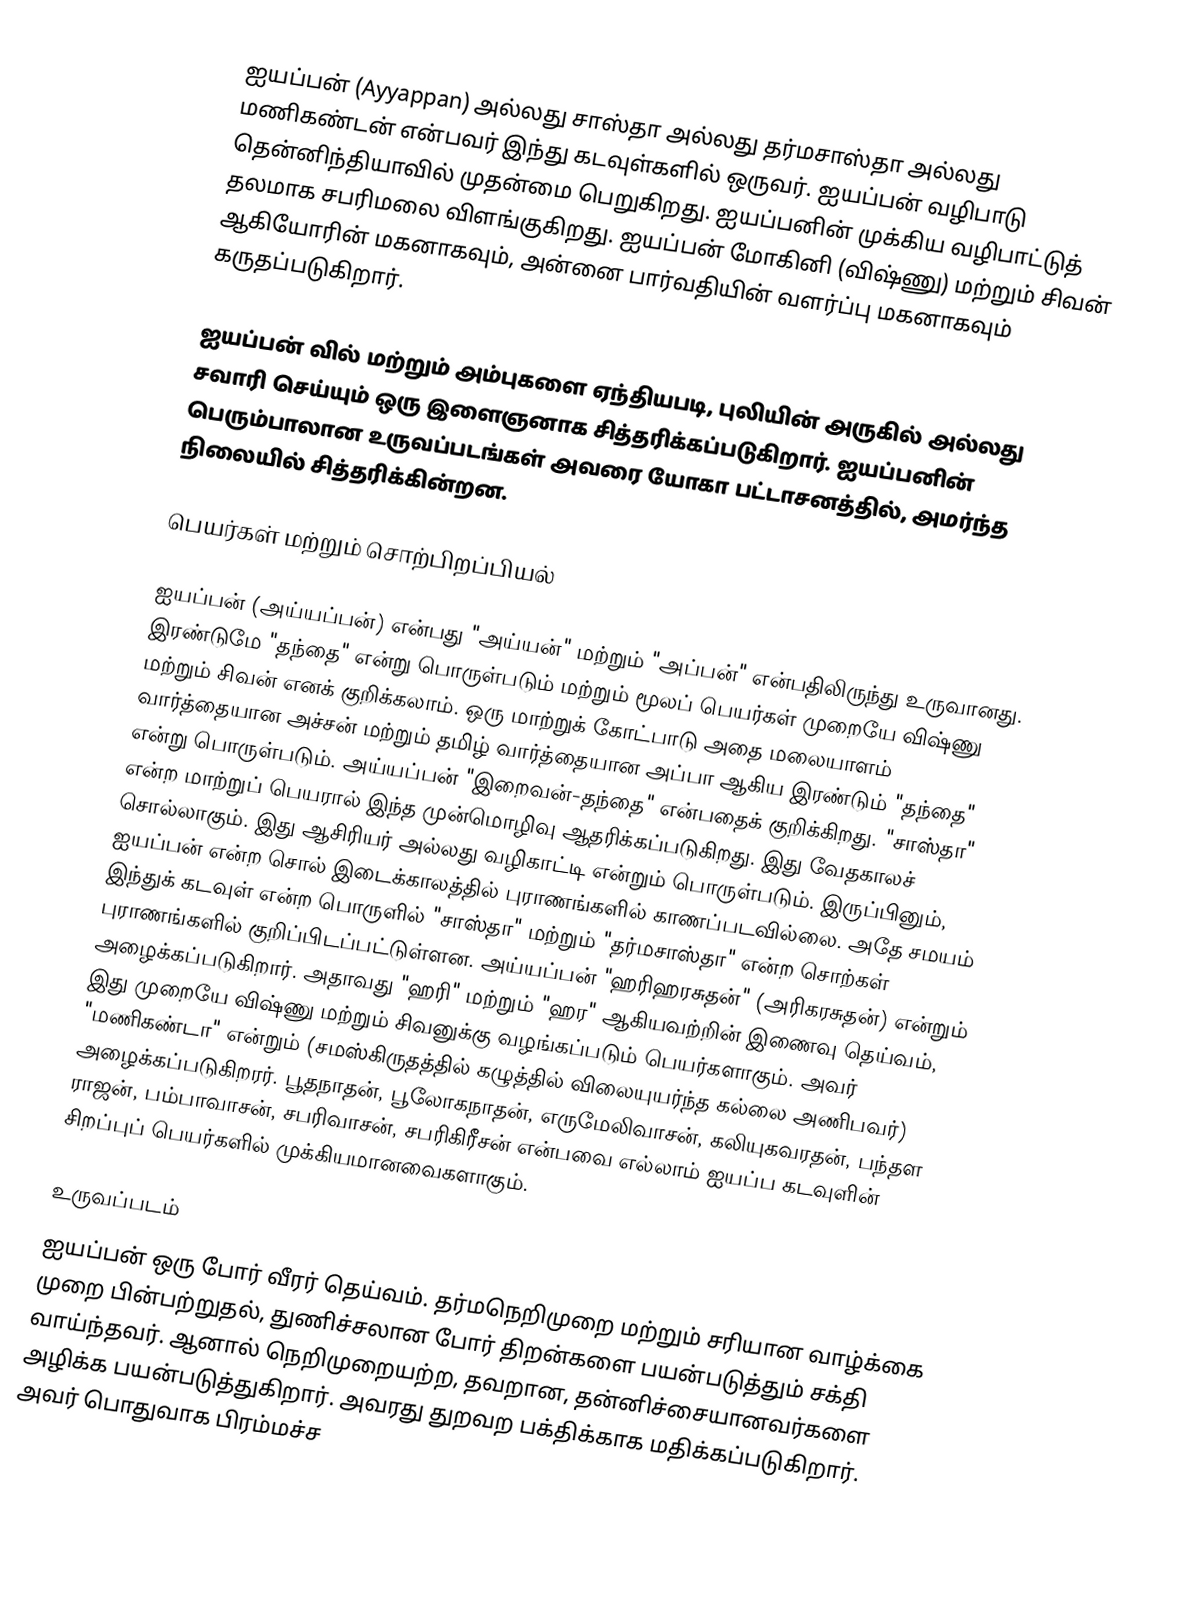
ஐயப்பன் (Ayyappan) அல்லது சாஸ்தா அல்லது தர்மசாஸ்தா அல்லது மணிகண்டன் என்பவர் இந்து கடவுள்களில் ஒருவர். ஐயப்பன் வழிபாடு தென்னிந்தியாவில் முதன்மை பெறுகிறது. ஐயப்பனின் முக்கிய வழிபாட்டுத் தலமாக சபரிமலை விளங்குகிறது. ஐயப்பன் மோகினி (விஷ்ணு) மற்றும் சிவன் ஆகியோரின் மகனாகவும், அன்னை பார்வதியின் வளர்ப்பு மகனாகவும் கருதப்படுகிறார்.

ஐயப்பன் வில் மற்றும் அம்புகளை ஏந்தியபடி, புலியின் அருகில் அல்லது சவாரி செய்யும் ஒரு இளைஞனாக சித்தரிக்கப்படுகிறார். ஐயப்பனின் பெரும்பாலான உருவப்படங்கள் அவரை யோகா பட்டாசனத்தில், அமர்ந்த நிலையில் சித்தரிக்கின்றன.

பெயர்கள் மற்றும் சொற்பிறப்பியல்

ஐயப்பன் (அய்யப்பன்) என்பது "அய்யன்" மற்றும் "அப்பன்" என்பதிலிருந்து உருவானது. இரண்டுமே "தந்தை" என்று பொருள்படும் மற்றும் மூலப் பெயர்கள் முறையே விஷ்ணு மற்றும் சிவன் எனக் குறிக்கலாம். ஒரு மாற்றுக் கோட்பாடு அதை மலையாளம் வார்த்தையான அச்சன் மற்றும் தமிழ் வார்த்தையான அப்பா ஆகிய இரண்டும் "தந்தை" என்று பொருள்படும். அய்யப்பன் "இறைவன்-தந்தை" என்பதைக் குறிக்கிறது. "சாஸ்தா" என்ற மாற்றுப் பெயரால் இந்த முன்மொழிவு ஆதரிக்கப்படுகிறது. இது வேதகாலச் சொல்லாகும். இது ஆசிரியர் அல்லது வழிகாட்டி என்றும் பொருள்படும். இருப்பினும், ஐயப்பன் என்ற சொல் இடைக்காலத்தில் புராணங்களில் காணப்படவில்லை. அதே சமயம் இந்துக் கடவுள் என்ற பொருளில் "சாஸ்தா" மற்றும் "தர்மசாஸ்தா" என்ற சொற்கள் புராணங்களில் குறிப்பிடப்பட்டுள்ளன. அய்யப்பன் "ஹரிஹரசுதன்" (அரிகரசுதன்) என்றும் அழைக்கப்படுகிறார். அதாவது "ஹரி" மற்றும் "ஹர" ஆகியவற்றின் இணைவு தெய்வம், இது முறையே விஷ்ணு மற்றும் சிவனுக்கு வழங்கப்படும் பெயர்களாகும். அவர் "மணிகண்டா" என்றும் (சமஸ்கிருதத்தில் கழுத்தில் விலையுயர்ந்த கல்லை அணிபவர்) அழைக்கப்படுகிறரர். பூதநாதன், பூலோகநாதன், எருமேலிவாசன், கலியுகவரதன், பந்தள ராஜன், பம்பாவாசன், சபரிவாசன், சபரிகிரீசன் என்பவை எல்லாம் ஐயப்ப கடவுளின் சிறப்புப் பெயர்களில் முக்கியமானவைகளாகும்.

உருவப்படம்
ஐயப்பன் ஒரு போர் வீரர் தெய்வம். தர்மநெறிமுறை மற்றும் சரியான வாழ்க்கை முறை பின்பற்றுதல், துணிச்சலான போர் திறன்களை பயன்படுத்தும் சக்தி வாய்ந்தவர். ஆனால் நெறிமுறையற்ற, தவறான, தன்னிச்சையானவர்களை அழிக்க பயன்படுத்துகிறார். அவரது துறவற பக்திக்காக மதிக்கப்படுகிறார். அவர் பொதுவாக பிரம்மச்ச